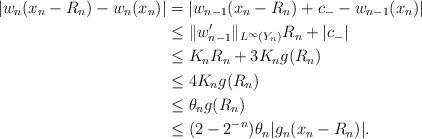
LaTeX: \begin{align*} |w_n (x_n - R_n) - w_n (x_n)| &= |w_{n-1}(x_n - R_n) + c_- - w_{n-1} (x_n )| \\& \leq \|w_{n-1}'\|_{L^{\infty}(Y_n)}R_n + |c_{-}| \\&\leq K_n R_n + 3 K_n g(R_n) \\&\leq 4K_n g(R_n) \\&\leq \theta_n g(R_n)\\& \leq ( 2 - 2^{-n}) \theta_n |g_n ( x_n - R_n)|.\end{align*}